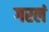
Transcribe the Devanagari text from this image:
गरलं